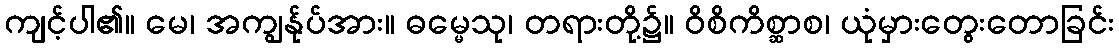
ကျင့်ပါ၏။ မေ၊ အကျွန်ုပ်အား။ ဓမ္မေသု၊ တရားတို့၌။ ဝိစိကိစ္ဆာစ၊ ယုံမှားတွေးတောခြင်း